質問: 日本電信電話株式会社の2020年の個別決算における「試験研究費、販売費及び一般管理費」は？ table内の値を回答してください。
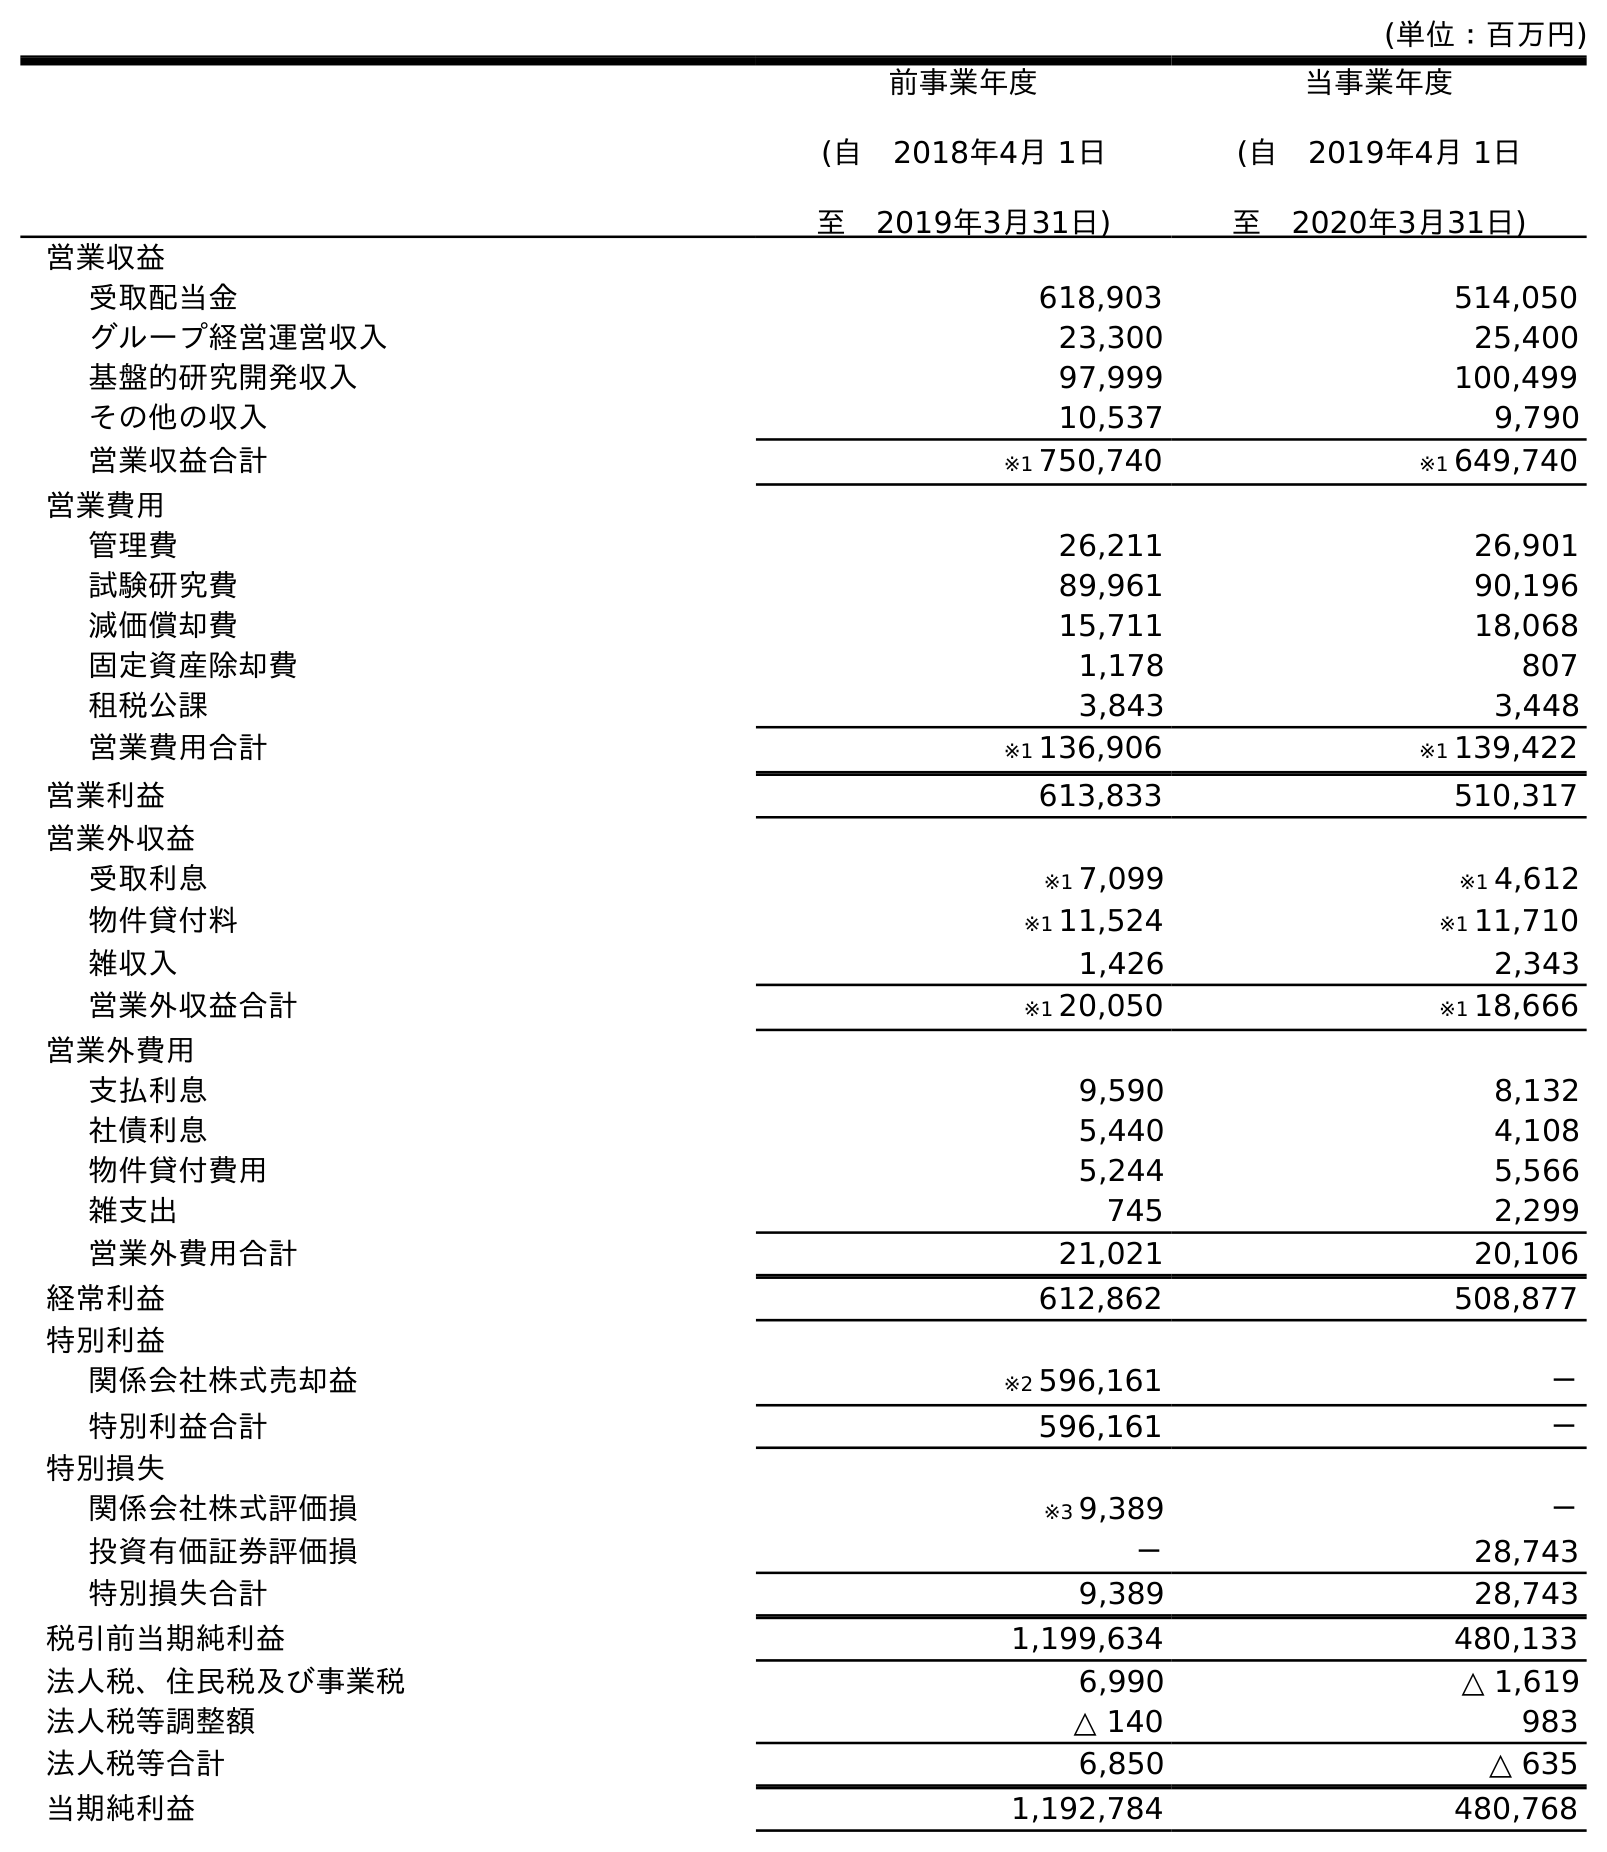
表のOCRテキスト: (単位：百万円) 前事業年度 (自 2018年4月 1日 至 2019年3月31日) 当事業年度 (自 2019年4月 1日 至 2020年3月31日) 営業収益 受取配当金 618,903 514,050 グループ経営運営収入 23,300 25,400 基盤的研究開発収入 97,999 100,499 その他の収入 10,537 9,790 営業収益合計 ※1 750,740 ※1 649,740 営業費用 管理費 26,211 26,901 試験研究費 89,961 90,196 減価償却費 15,711 18,068 固定資産除却費 1,178 807 租税公課 3,843 3,448 営業費用合計 ※1 136,906 ※1 139,422 営業利益 613,833 510,317 営業外収益 受取利息 ※1 7,099 ※1 4,612 物件貸付料 ※1 11,524 ※1 11,710 雑収入 1,426 2,343 営業外収益合計 ※1 20,050 ※1 18,666 営業外費用 支払利息 9,590 8,132 社債利息 5,440 4,108 物件貸付費用 5,244 5,566 雑支出 745 2,299 営業外費用合計 21,021 20,106 経常利益 612,862 508,877 特別利益 関係会社株式売却益 ※2 596,161 － 特別利益合計 596,161 － 特別損失 関係会社株式評価損 ※3 9,389 － 投資有価証券評価損 － 28,743 特別損失合計 9,389 28,743 税引前当期純利益 1,199,634 480,133 法人税、住民税及び事業税 6,990 △ 1,619 法人税等調整額 △ 140 983 法人税等合計 6,850 △ 635 当期純利益 1,192,784 480,768
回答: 90,196